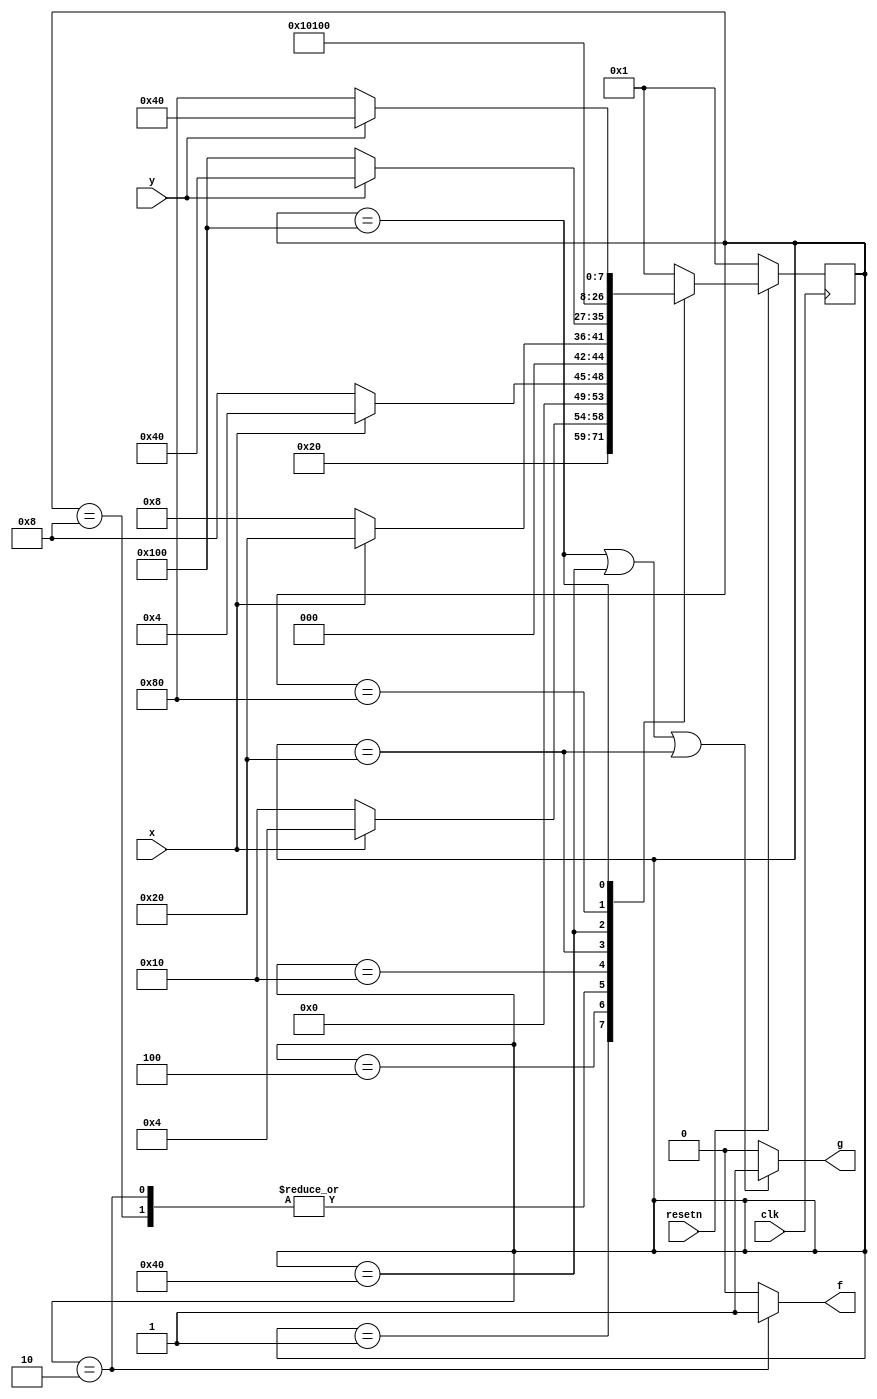
module top_module (
    input clk,
    input resetn,    // active-low synchronous reset
    input x,
    input y,
    output f,
    output g
); 
    parameter a    =9'b000_000_001;
    parameter f1   =9'b000_000_010;
    parameter x1   =9'b000_000_100;
    parameter x0   =9'b000_001_000;
    parameter x10  =9'b000_010_000;
    parameter x101 =9'b000_100_000;
    parameter g1   =9'b001_000_000;
    parameter g0   =9'b010_000_000;
    parameter g1_y0=9'b100_000_000;
    reg [8:0]state;
    reg [8:0]next;
    always @(posedge clk ) begin
        if (!resetn) begin
            state<=a;
        end
        else begin
            state<=next;
        end
    end
    always @(*) begin
        case(state)
        a    :next=f1;
        f1   :begin
            if (x) begin
                next=x1;
            end
            else begin
                next=x0;
            end
        end
        x1   :begin
            if (x) begin
                next=x1;
            end
            else begin
                next=x10;
            end
        end
        x0   :begin
            if (x) begin
                next=x1;
            end
            else begin
                next=x0;
            end
        end
        x10  :begin
            if (x) begin
                next=x101;
            end
            else begin
                next=x0;
            end
        end
        x101 :begin
            if (y) begin
                next=g1;
            end
            else begin
                next=g1_y0;
            end
        end
        g1   :next=g1;
        g0   :next=g0;
        g1_y0:begin
            if (y) begin
                next=g1;
            end
            else begin
                next=g0;
            end
        end
        default:next=a;
        endcase
    end
assign f = (state==f1)?1:0;
assign g = (state==g1_y0||state==g1||state==x101)?1:0;
endmodule